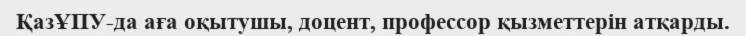
ҚазҰПУ-да аға оқытушы, доцент, профессор қызметтерін атқарды.